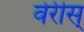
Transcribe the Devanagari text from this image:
वेरीस्